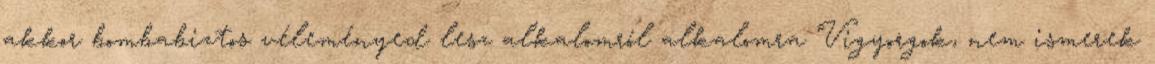
akkor bombabiztos véleményed lesz alkalomról alkalomra Vigyorgok, nem ismerek